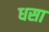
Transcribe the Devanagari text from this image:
धसा